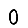
Digit: 0